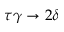
\tau \gamma \to 2 \delta